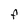
Character: F